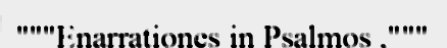
"""Enarrationes in Psalmos ,"""